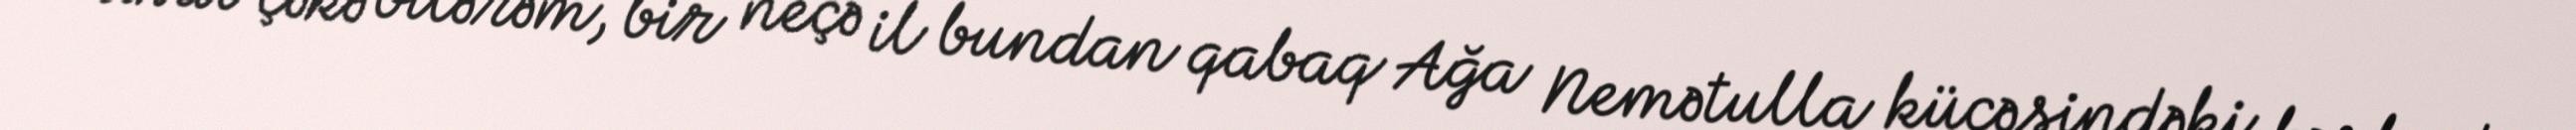
Misal çəkə bilərəm, bir neçə il bundan qabaq Ağa Nemətulla küçəsindəki bərbad